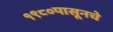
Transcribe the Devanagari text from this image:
१९८०पासूनचे